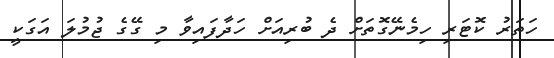
ހަތަރު ކޮޓަރި ހިމެނޭގޮތަށް ދެ ބުރިއަށް ހަދާފައިވާ މި ގޭގެ ޖުމުލަ އަގަކީ